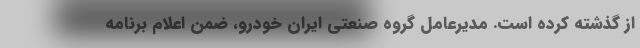
از گذشته کرده است. مدیرعامل گروه صنعتی ایران خودرو، ضمن اعلام برنامه